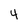
Character: 4